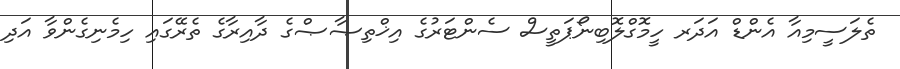
ތެލަސީމިއާ އެންޑް އަދަރ ހީމޮގްލޮބިނޯޕަތީސް ސެންޓަރުގެ އިޚްތިޞާޞްގެ ދާއިރާގެ ތެރޭގައި ހިމެނިގެންވާ އަދި